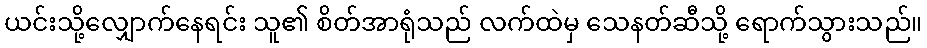
ယင်းသို့လျှောက်နေရင်း သူ၏ စိတ်အာရုံသည် လက်ထဲမှ သေနတ်ဆီသို့ ရောက်သွားသည်။